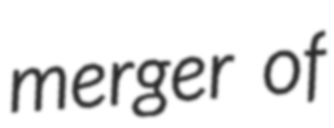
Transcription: merger of